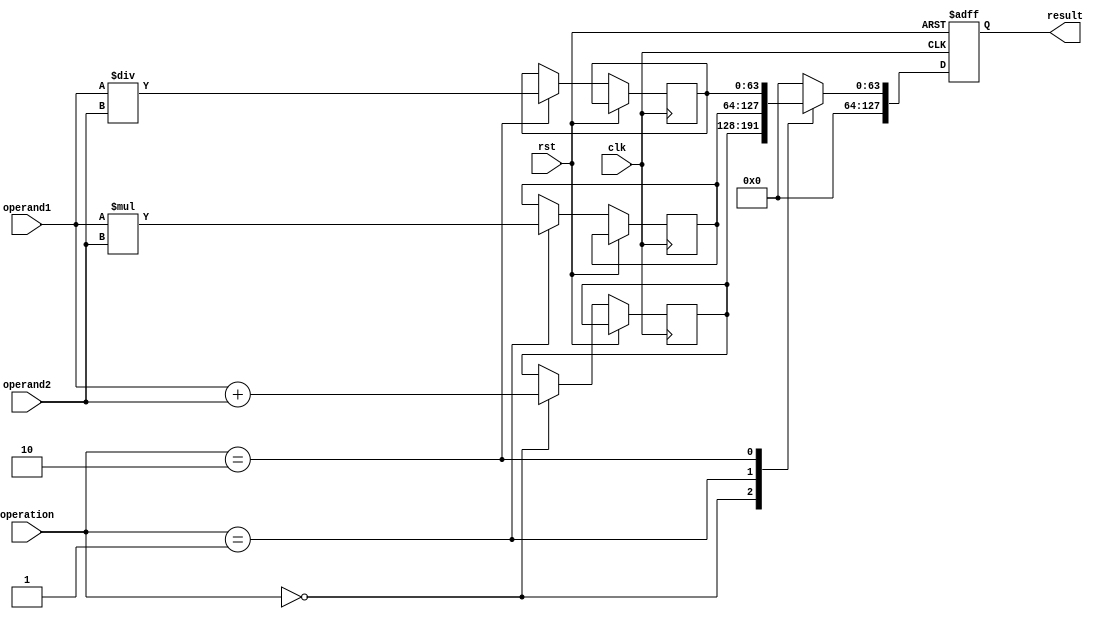
module ArbitraryPrecisionFloatingPointUnit (
    input wire clk,
    input wire rst,
    input wire [63:0] operand1,
    input wire [63:0] operand2,
    input wire [1:0] operation,
    output reg [127:0] result
);

// Components
reg [63:0] adder_out;
reg [63:0] multiplier_out;
reg [63:0] divider_out;

always @(posedge clk or posedge rst) begin
    if (rst) begin
        result <= 128'h0;
    end else begin
        case(operation)
            2'b00: begin // Addition
                adder_out <= operand1 + operand2;
                result <= {64'h0, adder_out};
            end
            2'b01: begin // Multiplication
                multiplier_out <= operand1 * operand2;
                result <= {64'h0, multiplier_out};
            end
            2'b10: begin // Division
                divider_out <= operand1 / operand2;
                result <= {64'h0, divider_out};
            end
            default: begin
                result <= 128'h0;
            end
        endcase
    end
end

endmodule